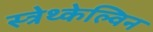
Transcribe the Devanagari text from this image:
स्त्रेथ्केल्विन